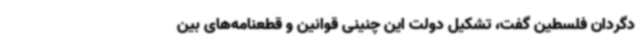
دگردان فلسطین گفت، تشکیل دولت این چنینی قوانین و قطعنامه‌های بین‌